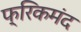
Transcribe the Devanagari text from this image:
फ्रिकमंद